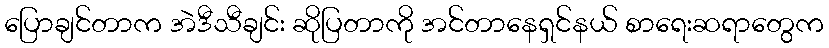
ပြောချင်တာက အဲဒီသီချင်း ဆိုပြတာကို အင်တာနေရှင်နယ် စာရေးဆရာတွေက